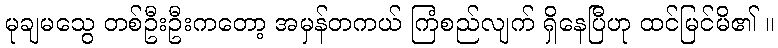
မုချမသွေ တစ်ဦးဦးကတော့ အမှန်တကယ် ကြံစည်လျက် ရှိနေပြီဟု ထင်မြင်မိ၏ ။